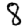
Digit: 8